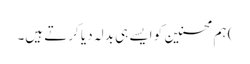
) ہم محسنین کو ایسے ہی بدلہ دیا کرتے ہیں۔